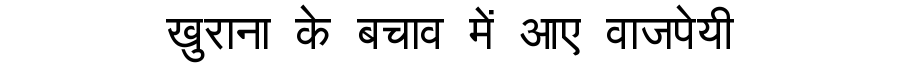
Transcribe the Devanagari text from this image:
खुराना के बचाव में आए वाजपेयी